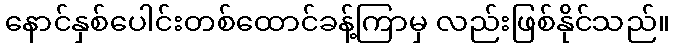
နောင်နှစ်ပေါင်းတစ်ထောင်ခန့်ကြာမှ လည်းဖြစ်နိုင်သည်။